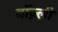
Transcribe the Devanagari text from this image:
बॉज़्ली